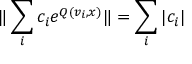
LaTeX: \| \sum _ { i } c _ { i } e ^ { Q ( v _ { i } , x ) } \| = \sum _ { i } | c _ { i } |